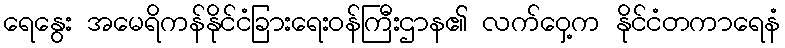
ရေနွေး အမေရိကန်နိုင်ငံခြားရေးဝန်ကြီးဌာန၏ လက်ဝှေ့က နိုင်ငံတကာရေနံ